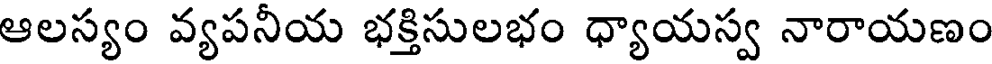
ఆలస్యం వ్యపనీయ భక్తిసులభం ధ్యాయస్వ నారాయణం